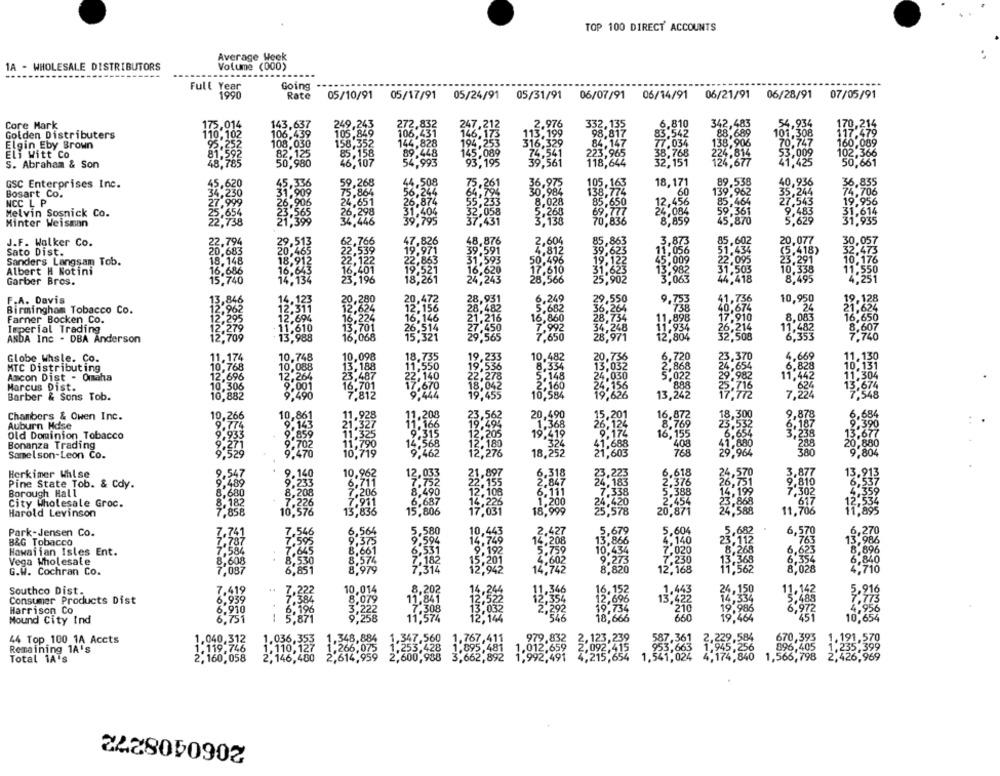
TOP 100 DIRECT' ACCOUNTS
Average Week
A - WHOLESALE DISTRIBUTORS
Volume (000)
Full Year
Going
1990
Rate
05/10/91 05/17/91
05/24/91
05/31/91 06/07/91 06/14/91 06/21/91
06/28/91
07/05/91
Core Mark
143,637
342,483
88,689
117.479
Golden Distributers
106,439
Elgin Eby Brown
108,030
160,089
Eli Witt Co
82.125
102,366
S. Abraham & Son
195
39,561
50,661
GSC Enterprises Inc.
45,620
36.975
36,835
Bosart Co.
34,230
30,984
139 962
74.706
NCC L P
27,999
8,028
85,464
19,956
1.260
31,614
Melvin Sosnick Co.
25,654
59,361
Minter Weisman
22,738
3.138
45,870
31,935
22,794
0.077
J.F. Walker Co.
Sato Dist.
20,683
2.418)
Sanders Langsam Tob.
18.148
Albert H Notini
16,686
15,740
14.
2134
Garber Bros.
F.A. Davis
6,249
0.950
19.128
Birmingham Tobacco Co.
5.682
21.624
Farner Bocken Co.
16,860
16,650
8,607
Imperial Trading
7,992
ANDA Inc - DBA Anderson
7.650
7,740
11.174
10,482
Globe Uhsle. Co.
10,768
MTC Distributing
Amcon Dist - Omaha
12,696
Marcus Dist.
10,306
Barber & Sons Tob.
10,882
2.684
Chambers & Owen Inc.
10,266
0,861
16,872
9.87
Auburn Hdse
8.769
Old Dominion Tobacco
702
Bonanza Trading
768
Samelson-Leon Co.
9.529
470
10,719
Herkimer Walse
2.547
10,967
12.033
6.618
.AZ7
9.489
.140
2,376
Pine State Tob. & Cdy.
7.338
7.302
Borough Hall
8.680
.208
7,206
5.388
City Wholesale Groc.
8.182
226
6,687
.400
24,420
2,454
617
Harold Levinson
7,858
10,57
ancone
13,83
15,806
17,031
25,578
20,871
24.588
11,706
Park-Jensen Co.
7.741
26
6,564
10,443
5,679
5.604
5,682
6,570
6,270
B&G Tobacco
7.787
9.375
14.749
13,866
4,140
23.112
763
13,986
Hawaiian Isles Ent.
7.584
8,661
10.434
7,020
8.268
6.623
8,896
8,608
8.574
9.273
7.230
6,354
6,840
Vega Wholesale
8,530
745
4.710
G.W. Cochran Co.
7,087
6,851
8.979
942
8,820
12,168
8,028
Southco Dist.
7.419
10,014
.202
1.443
5,916
13,422
Consumer Products Dist
6.959
8,079
Harrison Co
6.930
6.196
3,222
210
Mound City Ind
6.751
1 5.871
9.258
660
10.654
1.348,884
1.191,570
44 Top 100 1A Accts
1.040,312
1.036,355
832
2,584
670,393
Remaining 1A's
1.119,746
1,110,127
1.266,075
.095,481
.012,659
896,405
1,235,399
Total 1A's
2, 160, 058
2,146,480
2,614,959
,566, 798
2,426,969
2060408272